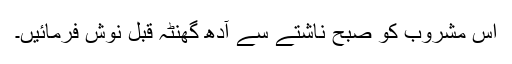
اس مشروب کو صبح ناشتے سے آدھ گھنٹہ قبل نوش فرمائیں۔